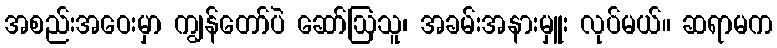
အစည်းအဝေးမှာ ကျွန်တော်ပဲ ဆော်ဩသူ၊ အခမ်းအနားမှူး လုပ်မယ်။ ဆရာမက